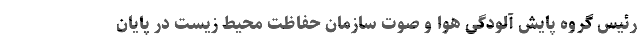
رئیس گروه پایش آلودگی هوا و صوت سازمان حفاظت محیط‌ زیست در پایان